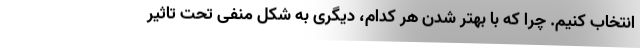
انتخاب کنیم. چرا که با بهتر شدن هر کدام، دیگری به شکل منفی تحت تاثیر